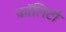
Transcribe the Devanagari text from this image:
कॉलिटी